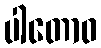
ပါတောဝ